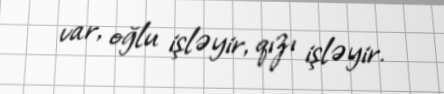
var, oğlu işləyir, qızı işləyir.